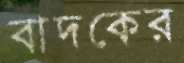
বাদকের